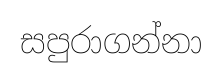
සපුරාගන්නා